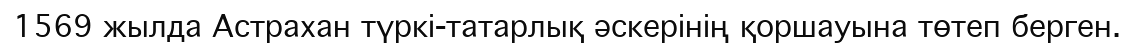
1569 жылда Астрахан түркі-татарлық әскерінің қоршауына төтеп берген.